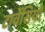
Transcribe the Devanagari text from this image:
टार्वेसियो